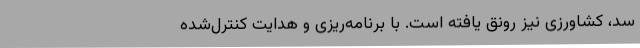
سد، کشاورزی نیز رونق یافته است. با برنامه‌ریزی و هدایت‌ کنترل‌شده